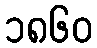
၁၈၆၀